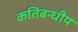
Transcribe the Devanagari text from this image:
कतिबन्धीय